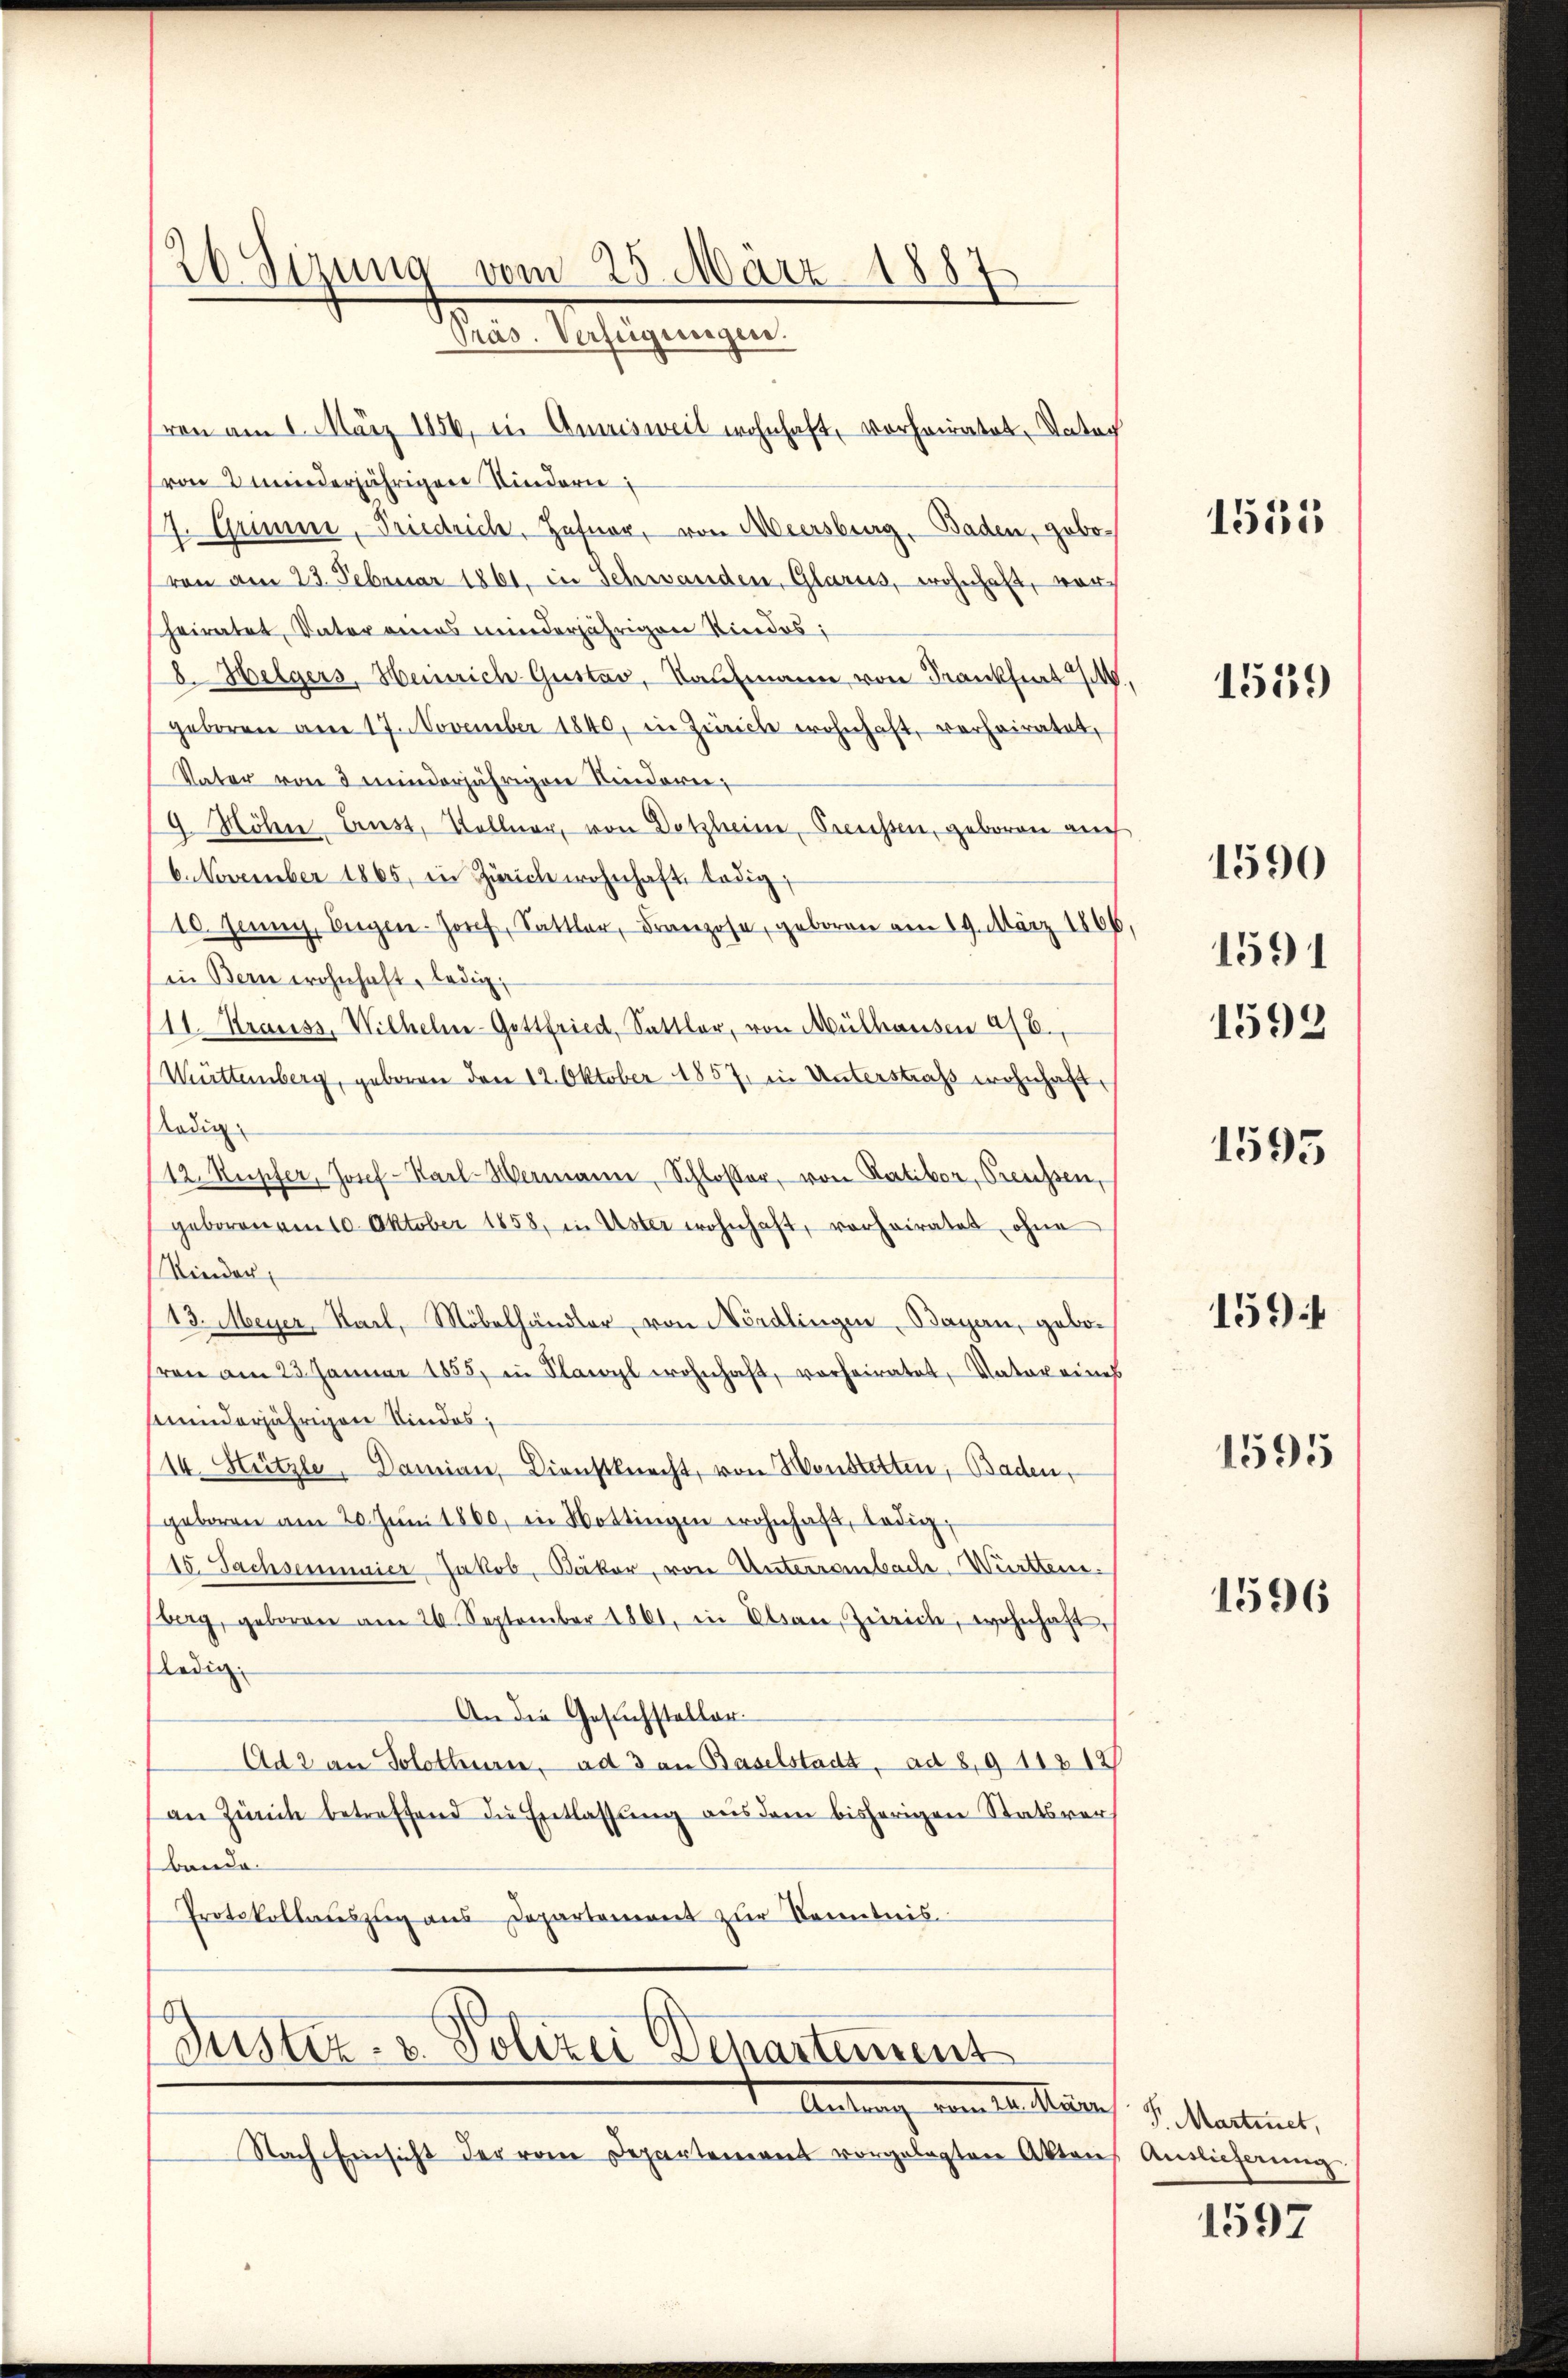
)
20. Sizung vom 25. März 1887.
Reale erfolgungen

ren am 1. März 1856, in Annisweil wohnhaft, vorheiratet, Vater
von 2 minderjährigen Kindern
4. Grimm, Priedrich, Hafner, von Meersburg, Baden, gebovon am 23. Februar 1861, in Schwanden, Glarus, wohnhaft, vorheiratet, Vater eines minderjährigen Kindes;
8. Helgers, Heinrich-Gustav, Kaufmann von Frankheit
geboren am 17. November 1840, in Züricle wohnhaft, verheiratet,
Vater von 3 minderjährigen Kinderer,
9 Höhn Ernst, Kellner, von Detzheim, Preissen, geboren auch
6. November 1865, in Zürich wohnhaft ledig,
10. Jenny, Siegen Josef, Sattler, Franzose, geboren am 19. März 1866
in Bern wohnhaft, ledig,
11. Krauss, Wilhelm-Gottfried, Sattler, von Mülhausen 478.
Mttemberg, geboren den 12. Oktober 1857 in Unterstraß wohnhaftlödig
12 Kupfer, Josef Karl Hermann, Schlosser, von Ratibor, Preussen,
geboren am 10. Oktober 1858, in Uster wohnhaft, vorheiratet, ohne
Kinder
13. Meyer, Stadt, Möbelhändler, von Nördlingen, Bagan, gebosren am 23. Januar 1855, in Flawyl wohnhaft, vorheiratet, Vater eines
fminderjährigen Kindes,
/14. Hützler, Damian, Dienstknecht, von Konstetten, Baden,
geboren am 20. Jŭni 1860, in Hottingen wohnhaft, ledig,
15. Sachsenmaier Jakob, Bäker, von Unterrainbach-Württen.
berg, geboren am 26. September 1861, in Obern, Zürich, wohnhaft,
ledig
An die Gesuchsteller.
Ad 2 an Solothurn, ad 3 an Baselstadt, ad 8, 11218
an Zürich betreffend die Entlassung aus dem bisherigen Statsverbande
Protokollauszug aus Departement zur Kenntnis.

Justiz- & Polizei Departement

I. Antrag vom 10. Meiner
Nach Einsicht der vom Departement vorgelegten Akten Auslieferung

1535

1559

1590

1592

1591

1595

1594

1595

1596

S. Martinet,

1597